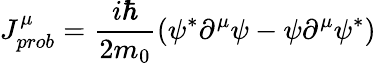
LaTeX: J_{prob}^{\mu}={\frac{i\hbar}{2m_{0}}}(\psi^{*}\partial^{\mu}\psi-\psi\partial^{\mu}\psi^{*})